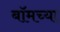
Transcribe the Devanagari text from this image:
बॉमच्या